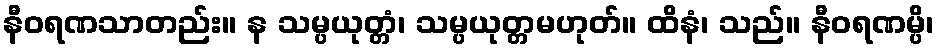
နီဝရဏသာတည်း။ န သမ္ပယုတ္တံ၊ သမ္ပယုတ္တမဟုတ်။ ထိနံ၊ သည်။ နီဝရဏမ္ပိ၊